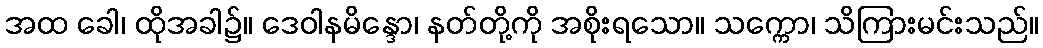
အထ ခေါ၊ ထိုအခါ၌။ ဒေဝါနမိန္ဒော၊ နတ်တို့ကို အစိုးရသော။ သက္ကော၊ သိကြားမင်းသည်။